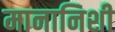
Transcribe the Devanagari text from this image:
मानानिशी